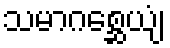
သမာဂစ္ဆေယျံ